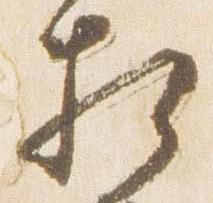
相